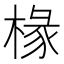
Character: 椽